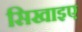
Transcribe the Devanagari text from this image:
सिखाइए